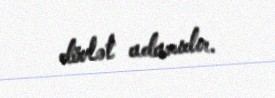
dövlət adamıdır.